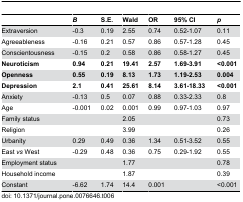
|  | B | S.E. | Wald | OR | 95% CI | p |
 | --- | --- | --- | --- | --- | --- | --- |
 | Extraversion | -0.3 | 0.19 | 2.55 | 0.74 | 0.52-1.07 | 0.11 |
 | Agreeableness | -0.16 | 0.21 | 0.57 | 0.86 | 0.57-1.28 | 0.45 |
 | Conscientousness | -0.15 | 0.2 | 0.58 | 0.86 | 0.58-1.27 | 0.45 |
 | Neuroticism | 0.94 | 0.21 | 19.41 | 2.57 | 1.69-3.91 | <0.001 |
 | Openness | 0.55 | 0.19 | 8.13 | 1.73 | 1.19-2.53 | 0.004 |
 | Depression | 2.1 | 0.41 | 25.61 | 8.14 | 3.61-18.33 | <0.001 |
 | Anxiety | -0.13 | 0.5 | 0.07 | 0.88 | 0.33-2.33 | 0.8 |
 | Age | -0.001 | 0.02 | 0.001 | 0.99 | 0.97-1.03 | 0.97 |
 | Family status |  |  | 2.05 |  |  | 0.73 |
 | Religion |  |  | 3.99 |  |  | 0.26 |
 | Urbanity | 0.29 | 0.49 | 0.36 | 1.34 | 0.51-3.52 | 0.55 |
 | East vs West | -0.29 | 0.48 | 0.36 | 0.75 | 0.29-1.92 | 0.55 |
 | Employment status |  |  | 1.77 |  |  | 0.78 |
 | Household income |  |  | 1.87 |  |  | 0.39 |
 | Constant | -6.62 | 1.74 | 14.4 | 0.001 |  | <0.001 |